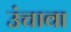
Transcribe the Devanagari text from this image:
उंचावा